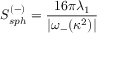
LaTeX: S _ { s p h } ^ { ( - ) } = \frac { 1 6 \pi \lambda _ { 1 } } { | \omega _ { - } ( \kappa ^ { 2 } ) | }